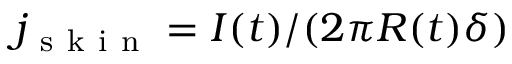
j _ { \mathrm { ~ s ~ k ~ i ~ n ~ } } = I ( t ) / ( 2 \pi R ( t ) \delta )